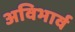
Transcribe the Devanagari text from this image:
अविभार्व